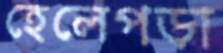
হেলেপড়া